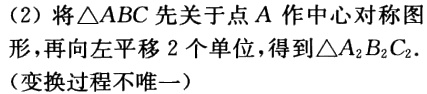
(2) 将\(\triangle ABC\)先关于点\(A\)作中心对称图形，再向左平移\(2\)个单位，得到\(\triangle A_{2}B_{2}C_{2}\).（变换过程不唯一）